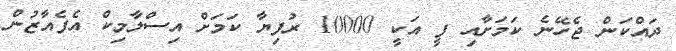
ދައްކަން ޖެހޭނެ ކަމަށާއި ފީ އަކީ 10000 ރުފިޔާ ކަމަށް އިސްލާމިކް އެފެއާޒުން